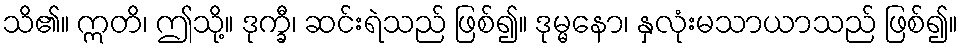
သိ၏။ ဣတိ၊ ဤသို့။ ဒုက္ခီ၊ ဆင်းရဲသည် ဖြစ်၍။ ဒုမ္မနော၊ နှလုံးမသာယာသည် ဖြစ်၍။